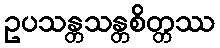
ဥပသန္တသန္တစိတ္တဿ